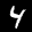
Label: 4